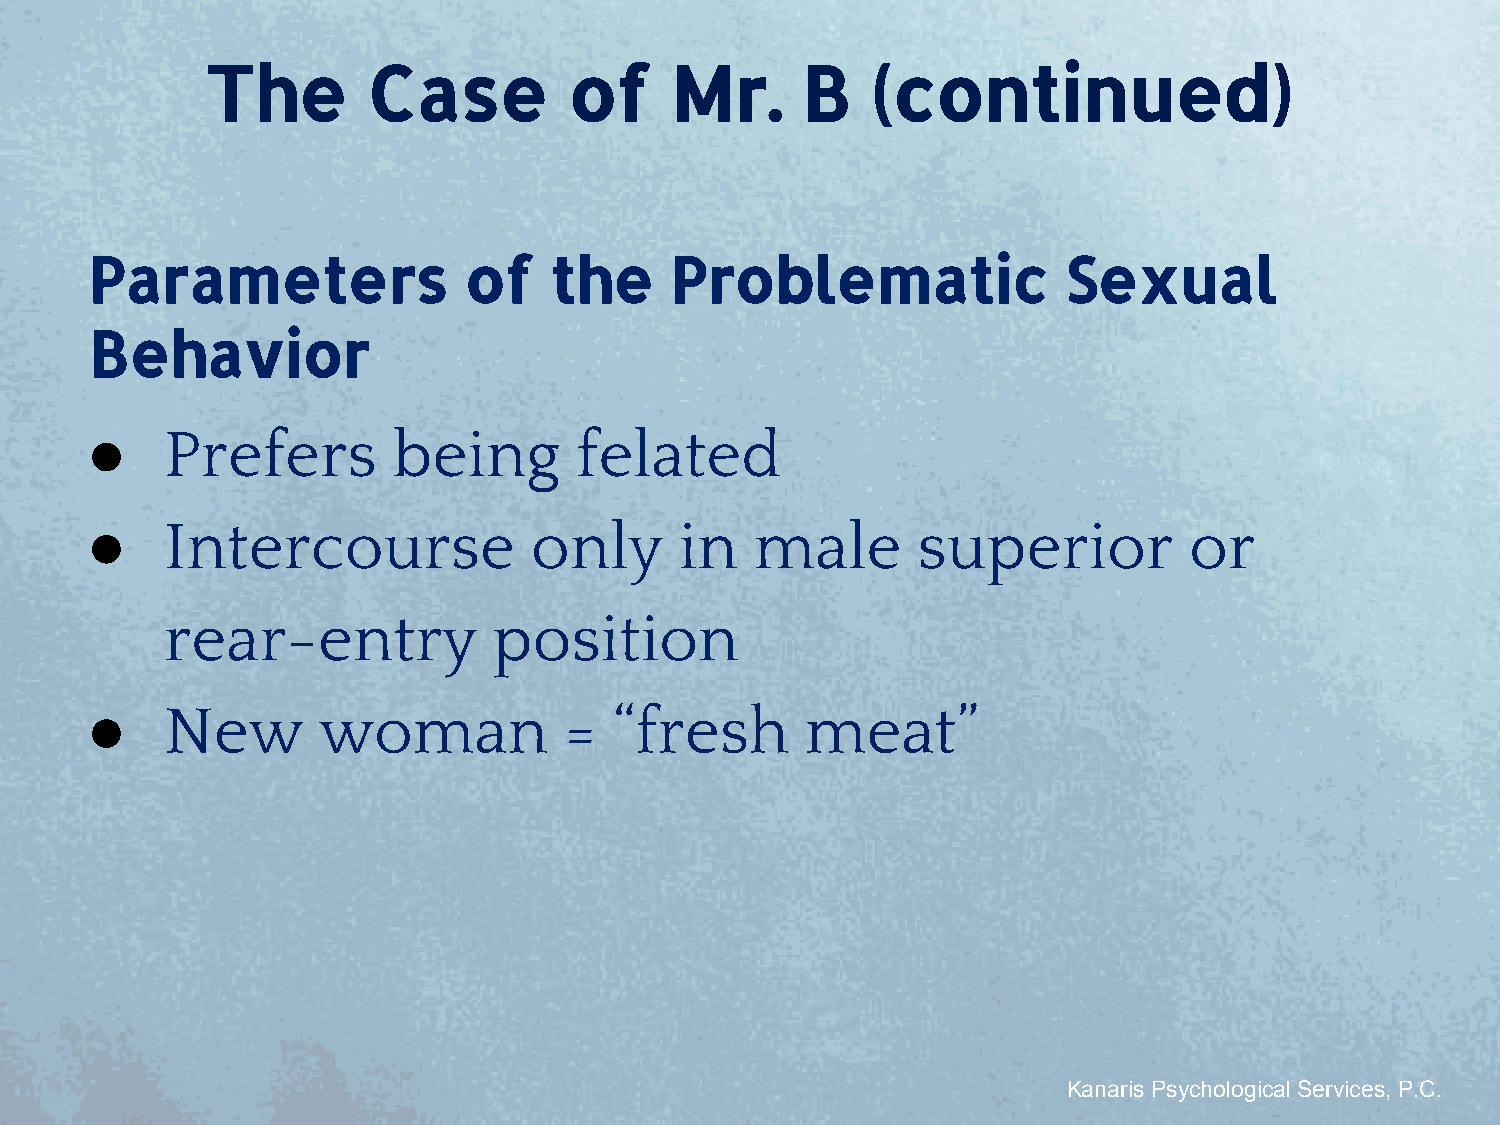
The       Case          of    Mr.      B    (continued)
 Parameters               of   the     Problematic                Sexual
 Behavior
 ●    Prefers        being       felated
 ●    Intercourse             only      in   male       superior          or
 rear-entry            position
 ●    New       woman           =   “fresh      meat”
 Kanaris Psychological Services, P.C.